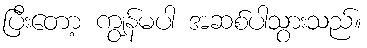
ပြီးတော့ ကျွန်မပါ အဆစ်ပါသွားသည်။